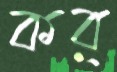
কর্